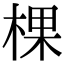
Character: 棵